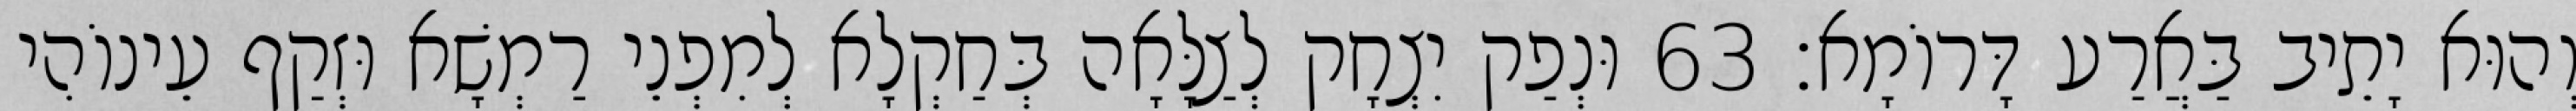
וְהוּא יָתֵיב בַּאֲרַע דָּרוֹמָא׃ 63 וּנְפַק יִצְחָק לְצַלָּאָה בְּחַקְלָא לְמִפְנֵי רַמְשָׁא וּזְקַף עֵינוֹהִי